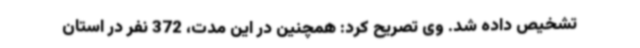
تشخیص داده شد. وی تصریح کرد: همچنین در این مدت، 372 نفر در استان